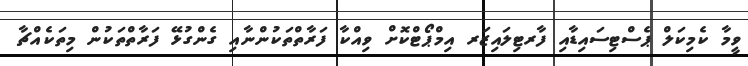
ވީމާ ކެމިކަލް ޕެސްޓިސައިޑާއި ފާރޓިލައިޒަރ އިމްޕޯޓްކޮށް ވިއްކާ ފަރާތްތަކުންނާއި ގެންގުޅޭ ފަރާތްތަކުން މިތަކެއްޗާ